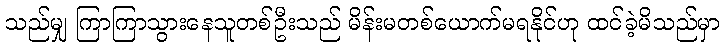
သည်မျှ ကြာကြာသွားနေသူတစ်ဦးသည် မိန်းမတစ်ယောက်မရနိုင်ဟု ထင်ခဲ့မိသည်မှာ